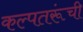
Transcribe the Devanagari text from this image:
कल्पतरूंची